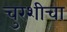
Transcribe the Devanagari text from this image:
चुरशीचा